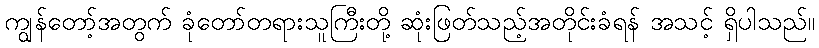
ကျွန်တော့်အတွက် ခုံတော်တရားသူကြီးတို့ ဆုံးဖြတ်သည့်အတိုင်းခံရန် အသင့် ရှိပါသည်။